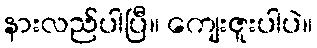
နားလည်ပါပြီ။ ကျေးဇူးပါပဲ။